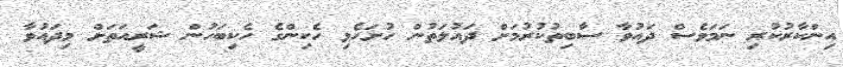
އިންކާރުކުރި ނަމަވެސް ދައުވާ ސާބިތުކުރުމަށް ދައުލަތުން ހުށަހެޅި ހެކިންގެ ހެކިބަހުން ޝަރީއަތަށް މިދައުވާ